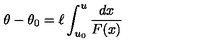
\theta - \theta _ { 0 } = \ell \int _ { u _ { 0 } } ^ { u } \frac { d x } { F ( x ) }